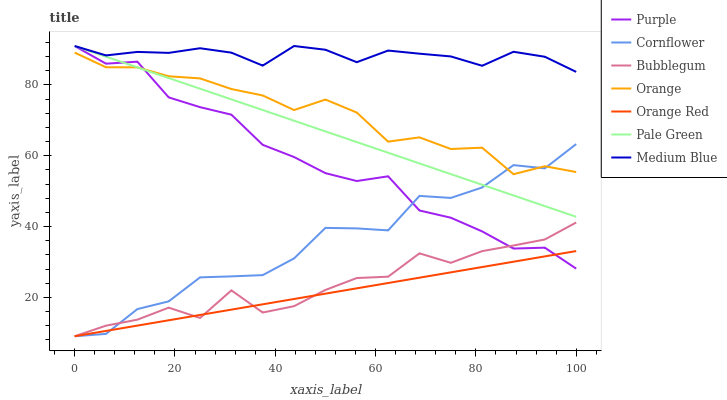
| xaxis_label | Purple | Cornflower | Bubblegum | Orange | Orange Red | Pale Green | Medium Blue |
 | --- | --- | --- | --- | --- | --- | --- | --- |
 | 0 | 91 | 9 | 9 | 89.1 | 9 | 91 | 91 |
 | 6.25 | 86 | 9.67 | 12 | 85 | 10.5 | 88 | 88.3 |
 | 12.5 | 86.6 | 16.7 | 13.7 | 85 | 12 | 85 | 89.3 |
 | 18.8 | 76.5 | 18.9 | 17.1 | 82.4 | 13.5 | 82 | 89.1 |
 | 25 | 73.7 | 25.6 | 14.2 | 81.8 | 15 | 78.9 | 90.4 |
 | 31.2 | 71.6 | 25.9 | 22 | 78.8 | 16.5 | 75.9 | 89.1 |
 | 37.5 | 63.1 | 26.3 | 15.7 | 77 | 18 | 72.9 | 85.5 |
 | 43.8 | 59.6 | 31 | 17.5 | 72.9 | 19.5 | 69.9 | 91 |
 | 50 | 55.1 | 39.6 | 22.1 | 75.9 | 21 | 66.9 | 89.9 |
 | 56.2 | 52.9 | 39.5 | 25.4 | 72.2 | 22.5 | 63.9 | 86.4 |
 | 62.5 | 54.2 | 38.9 | 25.8 | 64 | 24 | 60.8 | 89.7 |
 | 68.8 | 44.5 | 48.6 | 32.4 | 65.2 | 25.5 | 57.8 | 88.8 |
 | 75 | 42.5 | 48.1 | 29.7 | 61.9 | 27.1 | 54.8 | 88.1 |
 | 81.2 | 38.6 | 51 | 33 | 62.3 | 28.6 | 51.8 | 85.4 |
 | 87.5 | 33.8 | 57.3 | 34.6 | 54.8 | 30.1 | 48.8 | 89.4 |
 | 93.8 | 34 | 56.4 | 36.3 | 57 | 31.6 | 45.8 | 88 |
 | 100 | 28.1 | 63.3 | 41.1 | 55.4 | 33.1 | 42.7 | 83.7 |